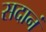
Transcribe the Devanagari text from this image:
सदानं